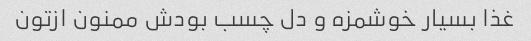
غذا بسیار خوشمزه و دل چسب بودش ممنون ازتون